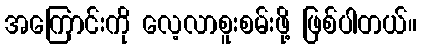
အကြောင်းကို လေ့လာစူးစမ်းဖို့ ဖြစ်ပါတယ်။